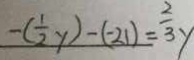
- ( \frac { 1 } { 2 } y ) - ( - 2 1 ) = \frac { 2 } { 3 } y